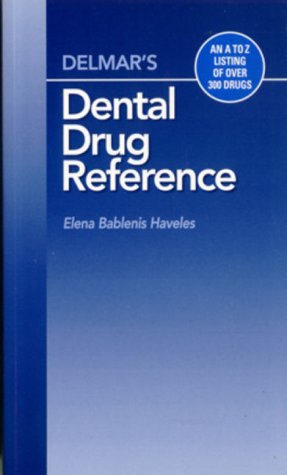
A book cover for Delmar's Dental Drug Reference Guide; Elena B. Haveles; Medical Books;